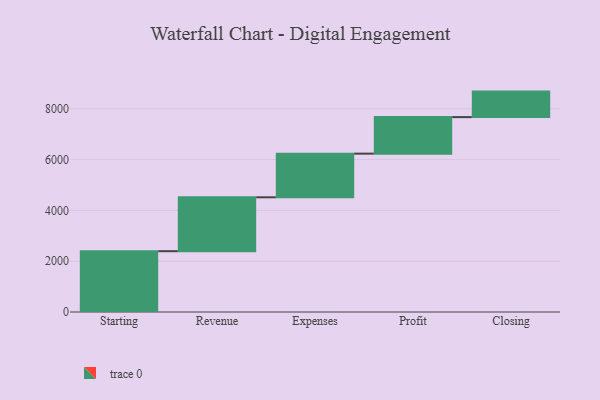
{"axis": {"x": "Step", "y": "Value"}, "legend": [""], "data": [{"x": "Starting", "y": 2394.0, "type": ""}, {"x": "Revenue", "y": 2121.0, "type": ""}, {"x": "Expenses", "y": 1719.0, "type": ""}, {"x": "Profit", "y": 1438.0, "type": ""}, {"x": "Closing", "y": 1004.0, "type": ""}]}